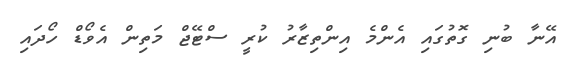
އޭނާ ބުނި ގޮތުގައި އެންމެ އިންތިޒާރު ކުރީ ސްޓޭޖް މަތިން އެވޯޑް ހޯދައި